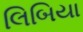
લિબિયા